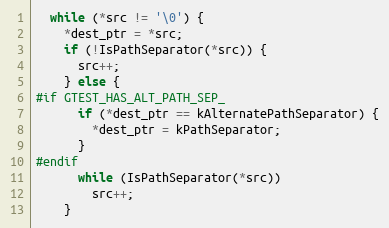
Language: C++
  while (*src != '\0') {
    *dest_ptr = *src;
    if (!IsPathSeparator(*src)) {
      src++;
    } else {
#if GTEST_HAS_ALT_PATH_SEP_
      if (*dest_ptr == kAlternatePathSeparator) {
        *dest_ptr = kPathSeparator;
      }
#endif
      while (IsPathSeparator(*src))
        src++;
    }